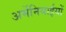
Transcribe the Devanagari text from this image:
अर्मेनियाईयों